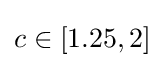
c\in [1.25,2]